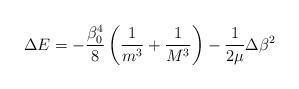
LaTeX: \begin{align*}\Delta E=-\frac {\beta_0^4}8\left(\frac 1{m^3}+\frac 1{M^3}\right)-\frac 1{2\mu}\Delta\beta^2\end{align*}